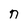
Character: n